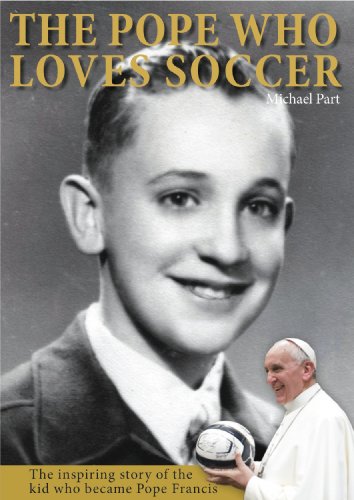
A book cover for The Pope Who Loves Soccer; Michael Part; Biographies & Memoirs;